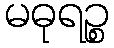
မဓုရဉ္စ